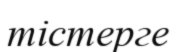
тістерге